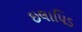
ઇલાપિડ